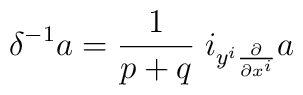
\delta^{-1} a = \frac{1}{p+q} \; i_{ y^i \frac{\partial}{\partial x^i}} a